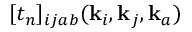
[ t _ { n } ] _ { i j a b } ( \mathbf { k } _ { i } , \mathbf { k } _ { j } , \mathbf { k } _ { a } )